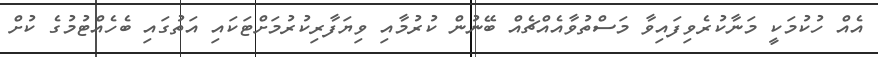
އެއް ހުކުމަކީ މަނާކުރެވިފައިވާ މަސްތުވާއެއްޗެއް ބޭނުން ކުރުމާއި ވިޔަފާރިކުރުމަށްޓަކައި އަތުގައި ބެހެއްޓުމުގެ ކުށް